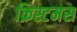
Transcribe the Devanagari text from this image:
क्रिस्टमस